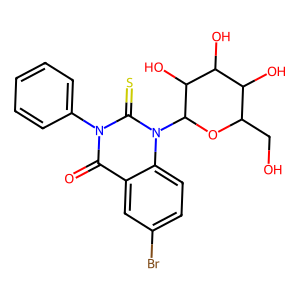
SMILES: O=c1c2cc(Br)ccc2n(C2OC(CO)C(O)C(O)C2O)c(=S)n1-c1ccccc1
Inhibits HIV replication: No